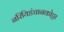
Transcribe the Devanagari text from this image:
नरियिडंचानकोट्टा